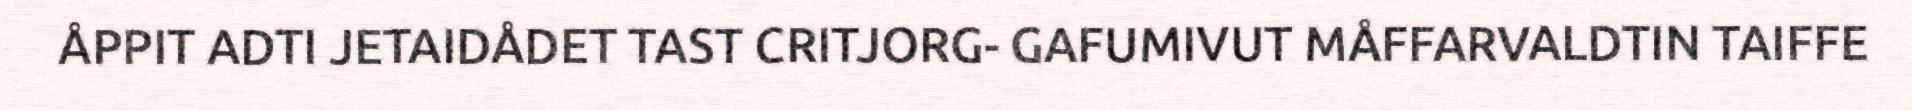
ÅPPIT ADTI JETAIDÅDET TAST CRITJORG- GAFUMIVUT MÅFFARVALDTIN TAIFFE